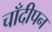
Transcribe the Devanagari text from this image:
चाँदीपन